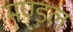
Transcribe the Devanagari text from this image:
मण्ड़ल